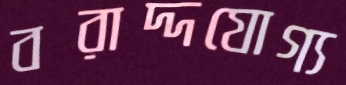
বরাদ্দযোগ্য